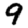
Digit: 9